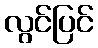
လွင်ပြင်